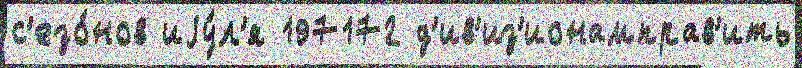
с'езо́нов иjу́л'я 197172 д'ив'из'ионамправ'ить